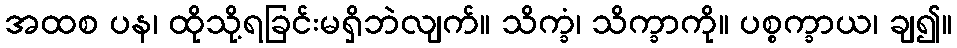
အထစ ပန၊ ထိုသို့ရခြင်းမရှိဘဲလျက်။ သိက္ခံ၊ သိက္ခာကို။ ပစ္စက္ခာယ၊ ချ၍။